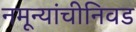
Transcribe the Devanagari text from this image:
नमून्यांचीनिवड